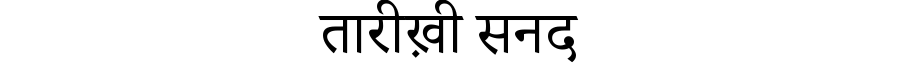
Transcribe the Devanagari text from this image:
तारीख़ी सनद